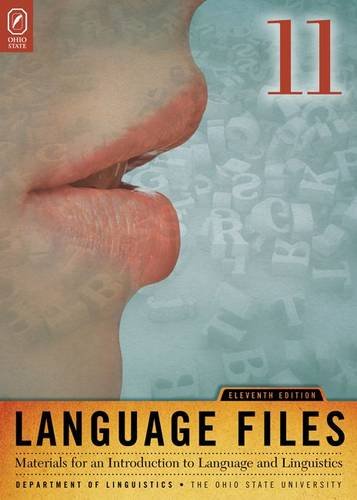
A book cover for Language Files: Materials for an Introduction to Language and Linguistics, 11th Edition; Politics & Social Sciences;